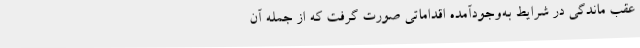
عقب ماندگی در شرایط به‌وجودآمده اقداماتی صورت گرفت که از جمله آن